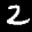
Label: 2